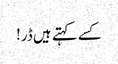
کسے کہتے ہیں ڈر!